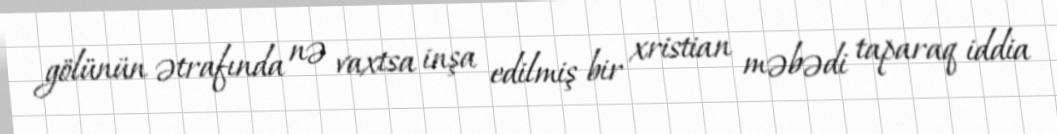
gölünün ətrafında nə vaxtsa inşa edilmiş bir xristian məbədi taparaq iddia